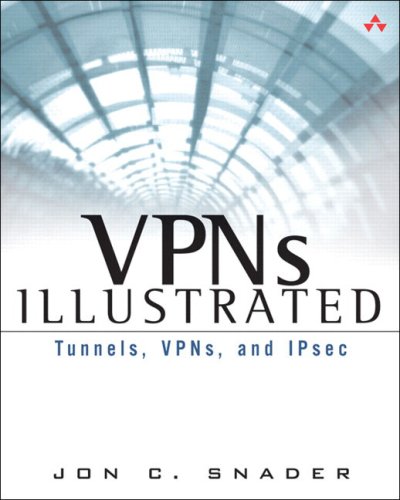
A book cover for VPNs Illustrated: Tunnels, VPNs, and IPsec: Tunnels, VPNs, and IPsec; Jon C. Snader; Computers & Technology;